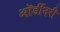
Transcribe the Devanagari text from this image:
ऑर्डीनरी